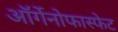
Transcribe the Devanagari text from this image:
ऑर्गेनोफास्फेट